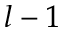
l - 1